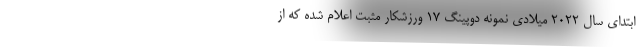
ابتدای سال ۲۰۲۲ میلادی نمونه دوپینگ ۱۷ ورزشکار مثبت اعلام شده که از